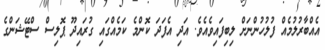
އެއްބާރުލުމެއް ފުލުހުންނަށް ލިބިފައިވެއެވެ. އަދި އެފަދަ ކޮންމެ ކަމެއްގައި ގުރައިދޫ ޕޮލިސް ސްޓޭޝަންގެ